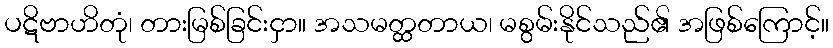
ပဋိဗာဟိတုံ၊ တားမြစ်ခြင်းငှာ။ အသမတ္ထတာယ၊ မစွမ်းနိုင်သည်၏ အဖြစ်ကြောင့်။